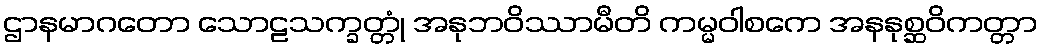
ဌာနမာဂတော သောဠသက္ခတ္တုံ အနုဘဝိဿာမီတိ ကမ္မဝါစကေ အနနုစ္ဆဝိကတ္တာ